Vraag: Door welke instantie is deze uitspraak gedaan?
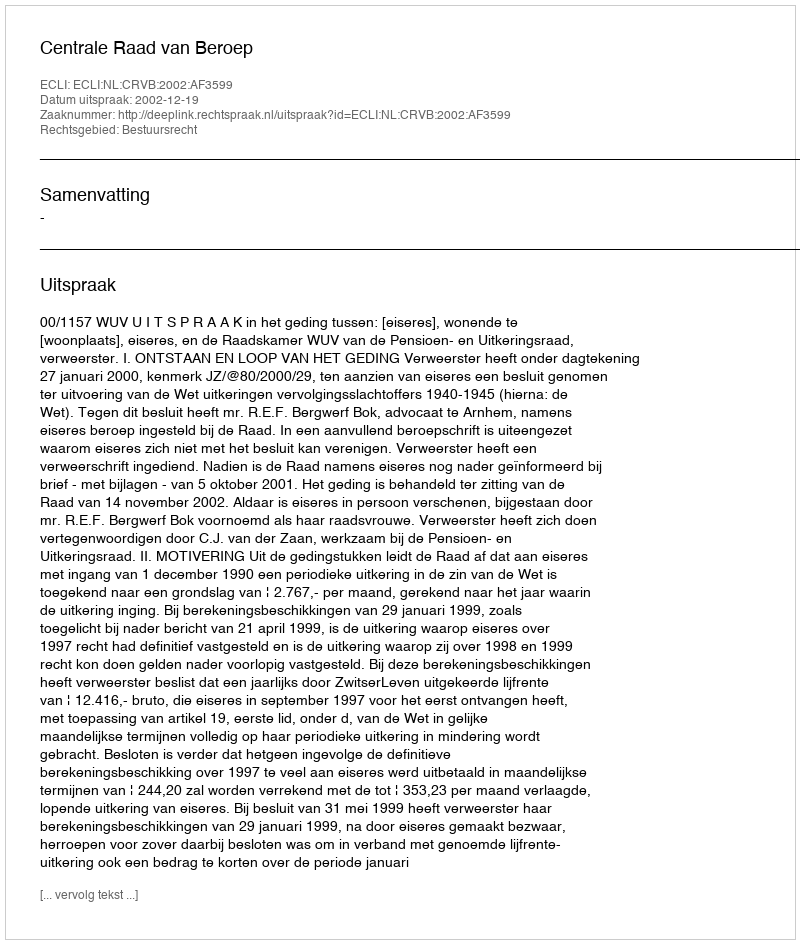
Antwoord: Centrale Raad van Beroep